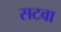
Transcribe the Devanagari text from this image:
सटवा